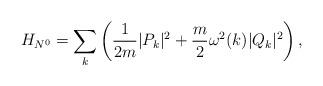
LaTeX: \begin{align*}H_{N^0}=\sum_k\left(\displaystyle \frac{1}{2m}|P_k|^2+ \frac{m}{2}\omega^2(k)|Q_k|^2\right),\end{align*}